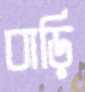
বাড়ি